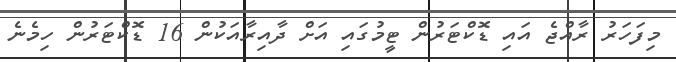
މިފަހަރު ރާއްޖެ އައި ޑޮކްޓަރުން ޓީމުގައި އަށް ދާއިރާއަކުން 16 ޑޮކްޓަރުން ހިމެނެ